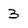
Character: 3